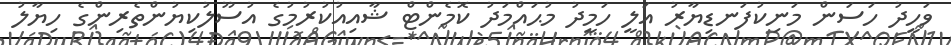
ވަހީދު ހަސަން މަނިކުފަނޑިޔާރު އަލީ ހަމީދު މުޙައްމަދު ކޮމެންޓް ޝާއިއުކުރުމުގެ އުސޫލުކިޔުންތެރިންގެ ހިޔާލު